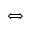
\Longleftrightarrow